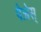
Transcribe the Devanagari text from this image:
पेजेस्